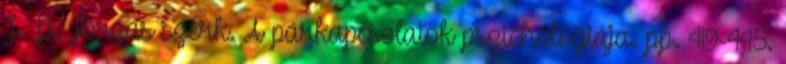
J. P. Forgas szerk. A párkapcsolatok pszichológiája. pp. 419-445.